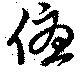
優